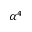
\alpha ^ { 4 }